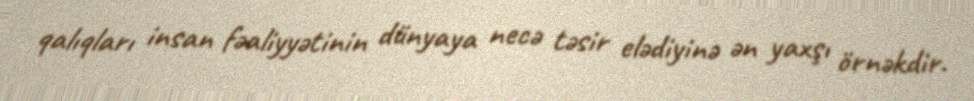
qalıqları insan fəaliyyətinin dünyaya necə təsir elədiyinə ən yaxşı örnəkdir.